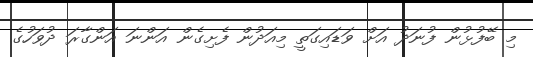
މި ބޭފުޅުން ފުނަދު އަށް ވަޑައިގަތީ މިއަދުން ފެށިގެން އަންނަ އަންގާރަ ދުވަހުގެ